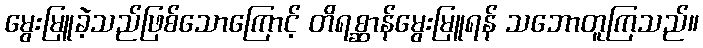
မွေးမြူခဲ့သည်ဖြစ်သောကြောင့် တိရစ္ဆာန်မွေးမြူရန် သဘောတူကြသည်။